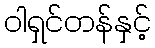
ဝါရှင်တန်နှင့်